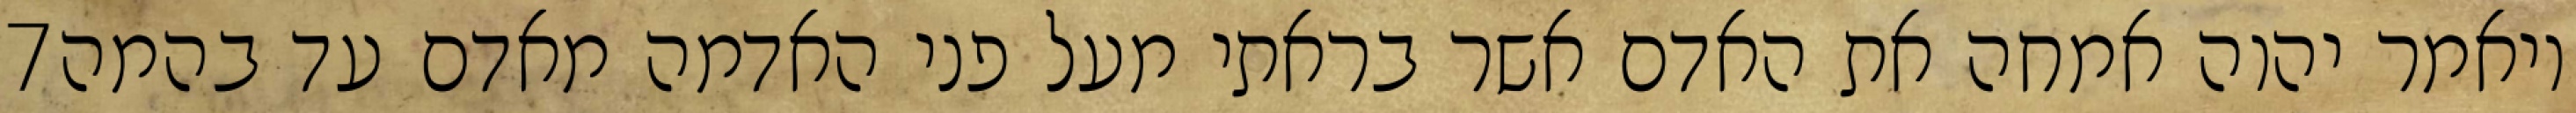
‎7‏ ויאמר יהוה אמחה את האדם אשר בראתי מעל פני האדמה מאדם עד בהמה